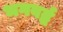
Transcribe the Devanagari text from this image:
भगवर्द्ध